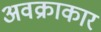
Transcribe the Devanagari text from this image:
अवक्राकार